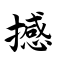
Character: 撼